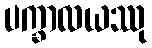
ပက္ခာလယဿု